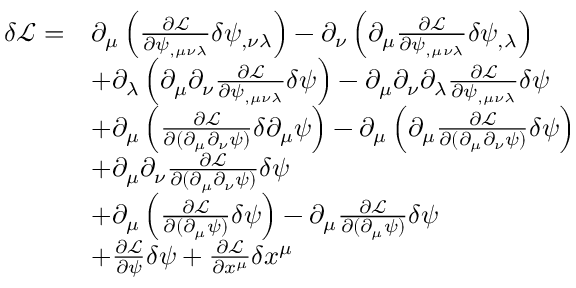
\begin{array} { r l } { \delta \mathcal L = } & { \partial _ { \mu } \left( \frac { \partial \mathcal L } { \partial \psi _ { , \mu \nu \lambda } } \delta \psi _ { , \nu \lambda } \right) - \partial _ { \nu } \left( \partial _ { \mu } \frac { \partial \mathcal L } { \partial \psi _ { , \mu \nu \lambda } } \delta \psi _ { , \lambda } \right) } \\ & { + \partial _ { \lambda } \left( \partial _ { \mu } \partial _ { \nu } \frac { \partial \mathcal L } { \partial \psi _ { , \mu \nu \lambda } } \delta \psi \right) - \partial _ { \mu } \partial _ { \nu } \partial _ { \lambda } \frac { \partial \mathcal L } { \partial \psi _ { , \mu \nu \lambda } } \delta \psi } \\ & { + \partial _ { \mu } \left( \frac { \partial \mathcal L } { \partial ( \partial _ { \mu } \partial _ { \nu } \psi ) } \delta \partial _ { \mu } \psi \right) - \partial _ { \mu } \left( \partial _ { \mu } \frac { \partial \mathcal L } { \partial ( \partial _ { \mu } \partial _ { \nu } \psi ) } \delta \psi \right) } \\ & { + \partial _ { \mu } \partial _ { \nu } \frac { \partial \mathcal L } { \partial ( \partial _ { \mu } \partial _ { \nu } \psi ) } \delta \psi } \\ & { + \partial _ { \mu } \left( \frac { \partial \mathcal { L } } { \partial ( \partial _ { \mu } \psi ) } \delta \psi \right) - \partial _ { \mu } \frac { \partial \mathcal { L } } { \partial ( \partial _ { \mu } \psi ) } \delta \psi } \\ & { + \frac { \partial \mathcal L } { \partial \psi } \delta \psi + \frac { \partial \mathcal L } { \partial x ^ { \mu } } \delta x ^ { \mu } } \end{array}